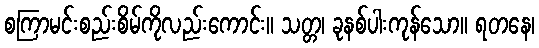
စကြာမင်းစည်းစိမ်ကိုလည်းကောင်း။ သတ္တ၊ ခုနစ်ပါးကုန်သော။ ရတနေ၊